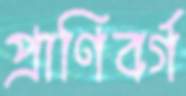
প্রাণিবর্গ